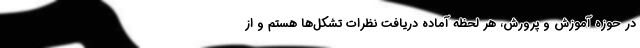
در حوزه آموزش و پرورش، هر لحظه آماده دریافت نظرات تشکل‌ها هستم و از